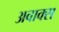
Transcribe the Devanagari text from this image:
अवाक्स